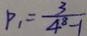
P _ { 1 } = \frac { 3 } { 4 ^ { 8 } - 1 }